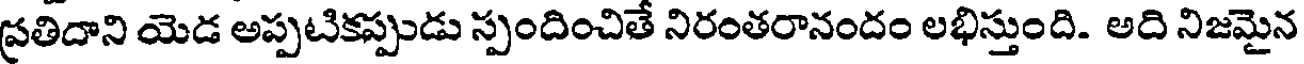
ప్రతిదాని యెడ అప్పటికప్పుడు స్పందించితే నిరంతరానందం లభిస్తుంది. అది నిజమైన